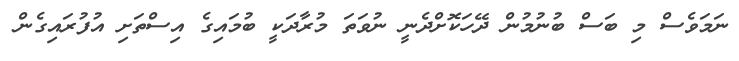
ނަމަވެސް މި ބަސް ބުނުމުން ދޭހަކޮށްދެނީ ނުވަތަ މުރާދަކީ ބުމައިގެ އިސްތަށި އުފުރައިގެން